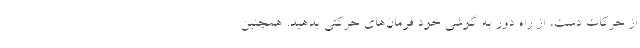
از حرکات دست، از راه دور به گوشی خود فرمان‌های حرکتی بدهید. همچنین